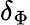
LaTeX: \delta_{\Phi}